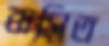
বাসিত